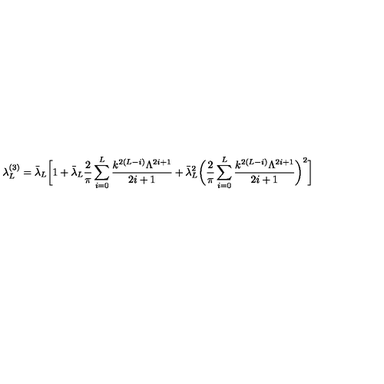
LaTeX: \lambda _ { L } ^ { ( 3 ) } = \bar { \lambda } _ { L } \biggr [ 1 + \bar { \lambda } _ { L } \frac { 2 } { \pi } \sum _ { i = 0 } ^ { L } \frac { k ^ { 2 ( L - i ) } \Lambda ^ { 2 i + 1 } } { 2 i + 1 } + \bar { \lambda } _ { L } ^ { 2 } \biggr ( \frac { 2 } { \pi } \sum _ { i = 0 } ^ { L } \frac { k ^ { 2 ( L - i ) } \Lambda ^ { 2 i + 1 } } { 2 i + 1 } \biggr ) ^ { 2 } \biggr ]